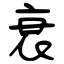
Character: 衰